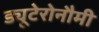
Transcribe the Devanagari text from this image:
ड्यूटेरोनौमी